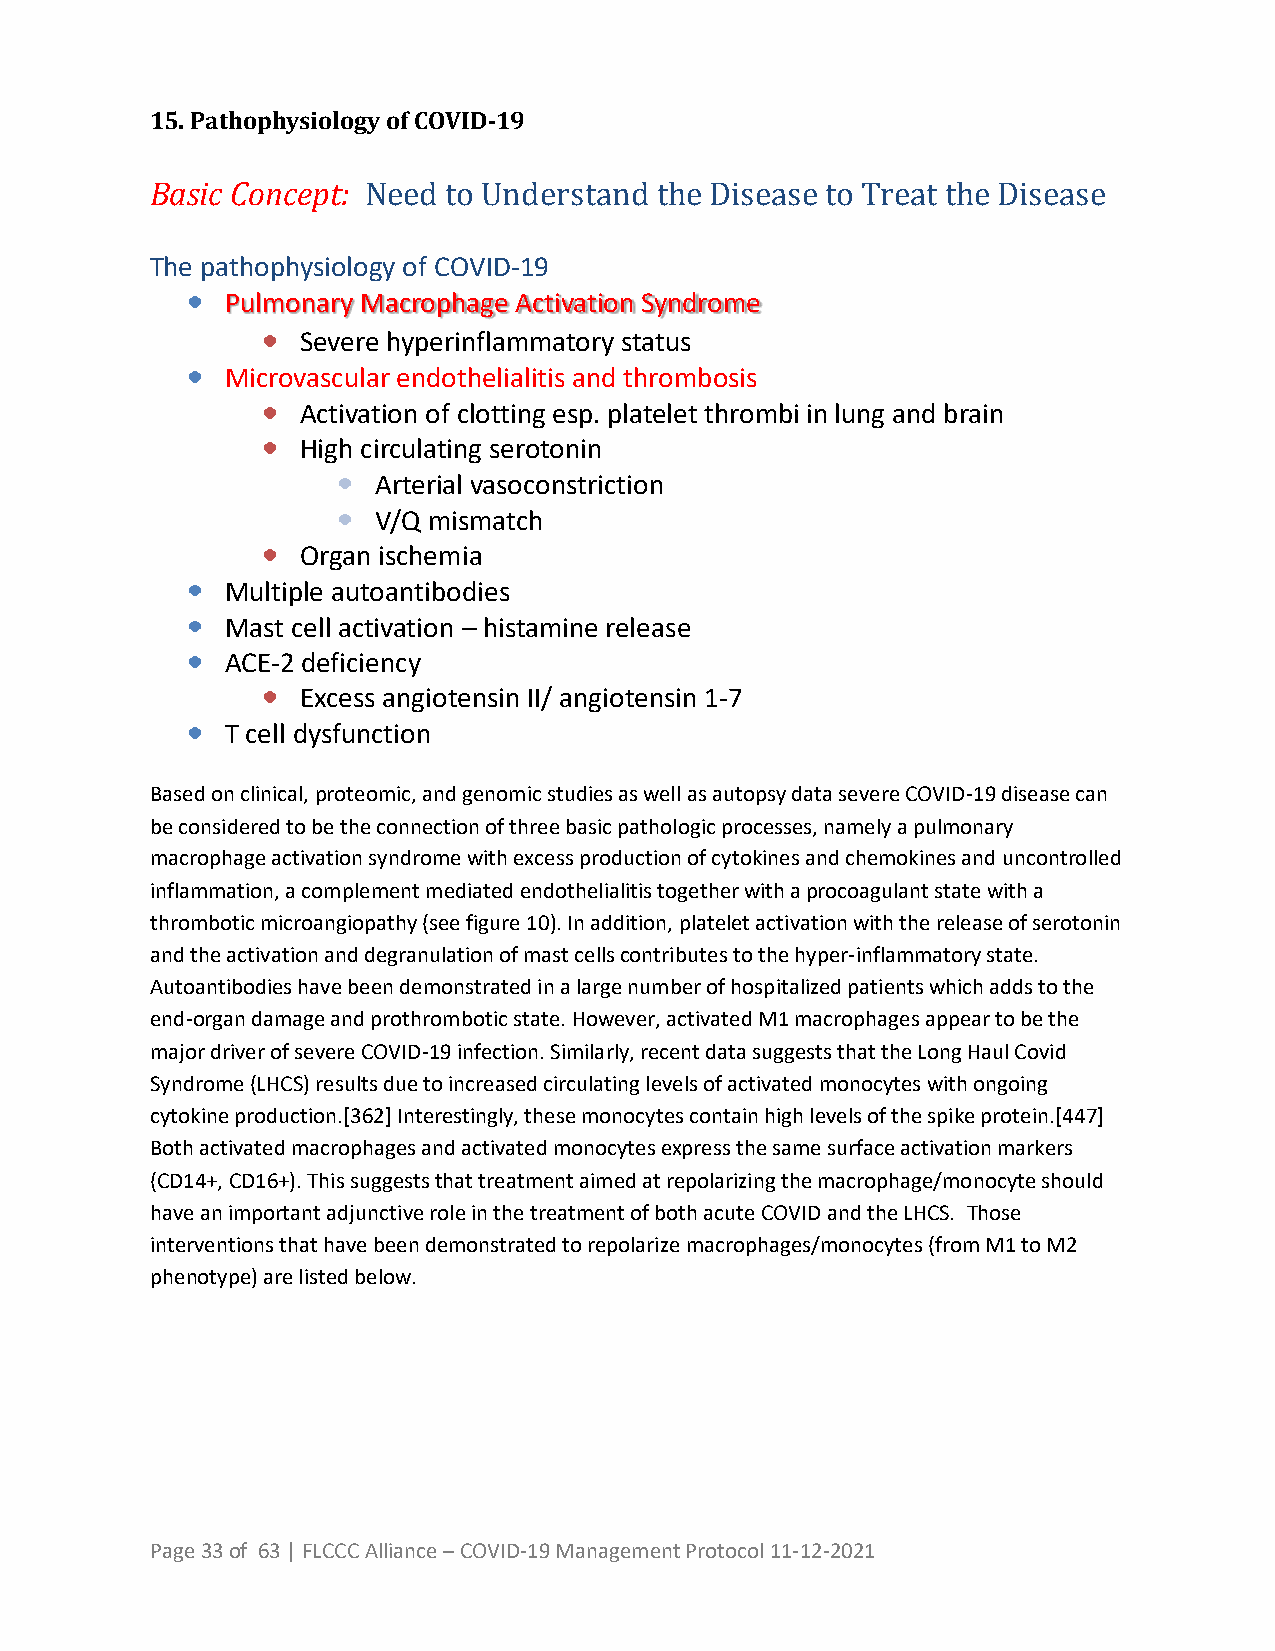
15. Pathophysiology of COVID-19
 Basic Concept: Need to Understand the Disease to Treat the Disease
 The pathophysiology of COVID-19
 Pulmonary Macrophage Activation Syndrome
 Severe hyperinflammatory status
 Microvascular endothelialitis and thrombosis
 Activation of clotting esp. platelet thrombi in lung and brain
 High circulating serotonin
 Arterial vasoconstriction
 V/Q mismatch
 Organ ischemia
 Multiple autoantibodies
 Mast cell activation – histamine release
 ACE‐2 deficiency
 Excess angiotensin II/ angiotensin 1‐7
 T cell dysfunction
 Based on clinical, proteomic, and genomic studies as well as autopsy data severe COVID-19 disease can
 be considered to be the connection of three basic pathologic processes, namely a pulmonary
 macrophage activation syndrome with excess production of cytokines and chemokines and uncontrolled
 inflammation, a complement mediated endothelialitis together with a procoagulant state with a
 thrombotic microangiopathy (see figure 10). In addition, platelet activation with the release of serotonin
 and the activation and degranulation of mast cells contributes to the hyper-inflammatory state.
 Autoantibodies have been demonstrated in a large number of hospitalized patients which adds to the
 end-organ damage and prothrombotic state. However, activated M1 macrophages appear to be the
 major driver of severe COVID-19 infection. Similarly, recent data suggests that the Long Haul Covid
 Syndrome (LHCS) results due to increased circulating levels of activated monocytes with ongoing
 cytokine production.[362] Interestingly, these monocytes contain high levels of the spike protein.[447]
 Both activated macrophages and activated monocytes express the same surface activation markers
 (CD14+, CD16+). This suggests that treatment aimed at repolarizing the macrophage/monocyte should
 have an important adjunctive role in the treatment of both acute COVID and the LHCS. Those
 interventions that have been demonstrated to repolarize macrophages/monocytes (from M1 to M2
 phenotype) are listed below.
 Page 33 of 63 | FLCCC Alliance – COVID-19 Management Protocol 11-12-2021